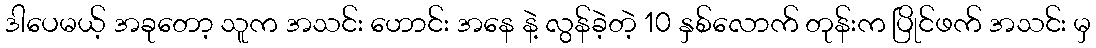
ဒါပေမယ့် အခုတော့ သူက အသင်း ဟောင်း အနေ နဲ့ လွန်ခဲ့တဲ့ 10 နှစ်လောက် တုန်းက ပြိုင်ဖက် အသင်း မှ